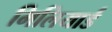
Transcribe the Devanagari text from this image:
मिलियार्ड